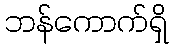
ဘန်ကောက်ရှိ